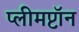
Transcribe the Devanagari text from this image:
प्लीमप्टॉन